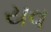
યવ